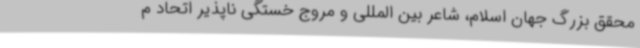
محقق بزرگ جهان اسلام، شاعر بین المللی و مروج خستگی ناپذیر اتحاد م